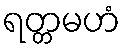
ရတ္တမဟံ